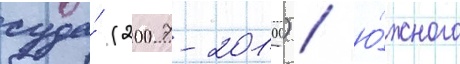
суда́ (2007-2010) / ю́жного